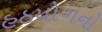
હઠયોગનો